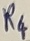
Text: R4